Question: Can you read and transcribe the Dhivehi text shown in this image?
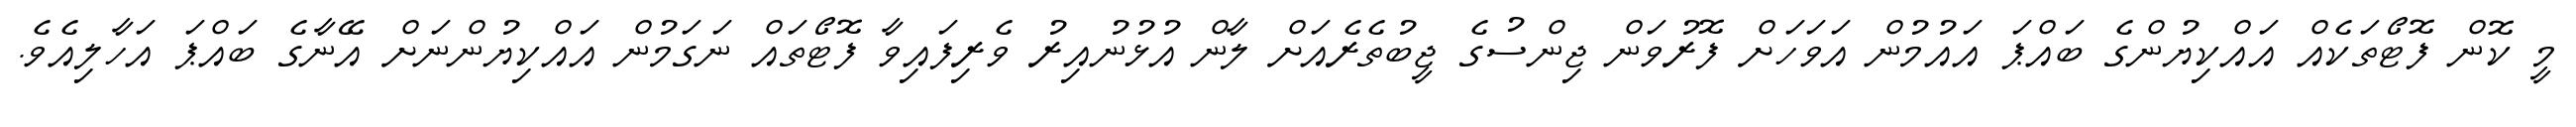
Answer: މީ ކޮން ފޮޓޯތަކެއް އައްކިޔުންގެ ބައްޕަ އައުމުން އަވަހަށް ފޮރުވަން ޖިންސުގެ ޖީބުތެރެއަށް ލާން އުޅުނުއިރު ވެރިފައިވާ ފޮޓޯތައް ނަގަމުން އައްކިޔުންނަށް އޭނާގެ ބައްޕަ އަހާލިއެވެ.